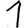
Digit: 1